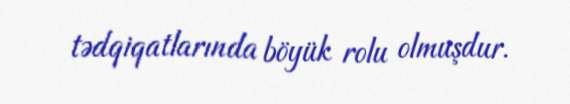
tədqiqatlarında böyük rolu olmuşdur.